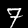
Digit: 7